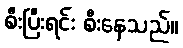
စီးပြီးရင်း စီးနေသည်။